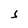
Character: S